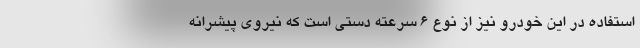
استفاده در این خودرو نیز از نوع 6 سرعته دستی است که نیروی پیشرانه